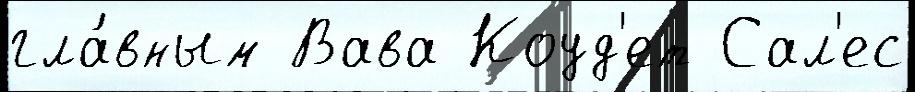
гла́вным Вава Коуд'ет Сал'ес